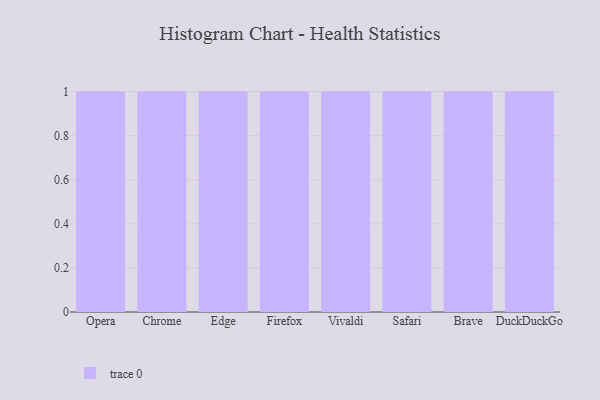
{"axis": {"x": "Browser", "y": "Churn Rate (%)"}, "legend": [""], "data": [{"x": "Opera", "y": 8, "type": ""}, {"x": "Chrome", "y": 41, "type": ""}, {"x": "Edge", "y": 52, "type": ""}, {"x": "Firefox", "y": 69, "type": ""}, {"x": "Vivaldi", "y": 12, "type": ""}, {"x": "Safari", "y": 12, "type": ""}, {"x": "Brave", "y": 3, "type": ""}, {"x": "DuckDuckGo", "y": 1, "type": ""}]}